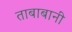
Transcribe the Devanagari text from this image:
ताबाबानी